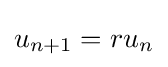
u_{n+1}=ru_{n}